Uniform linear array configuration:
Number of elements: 4
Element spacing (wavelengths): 0.75
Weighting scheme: binomial
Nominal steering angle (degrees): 60
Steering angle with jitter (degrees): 58.561
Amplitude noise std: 0.05
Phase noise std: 0.05

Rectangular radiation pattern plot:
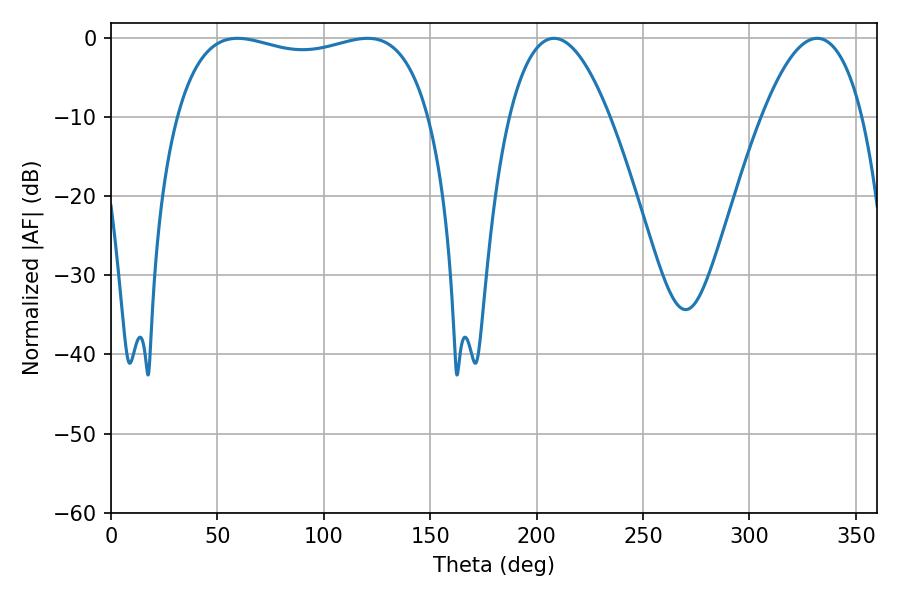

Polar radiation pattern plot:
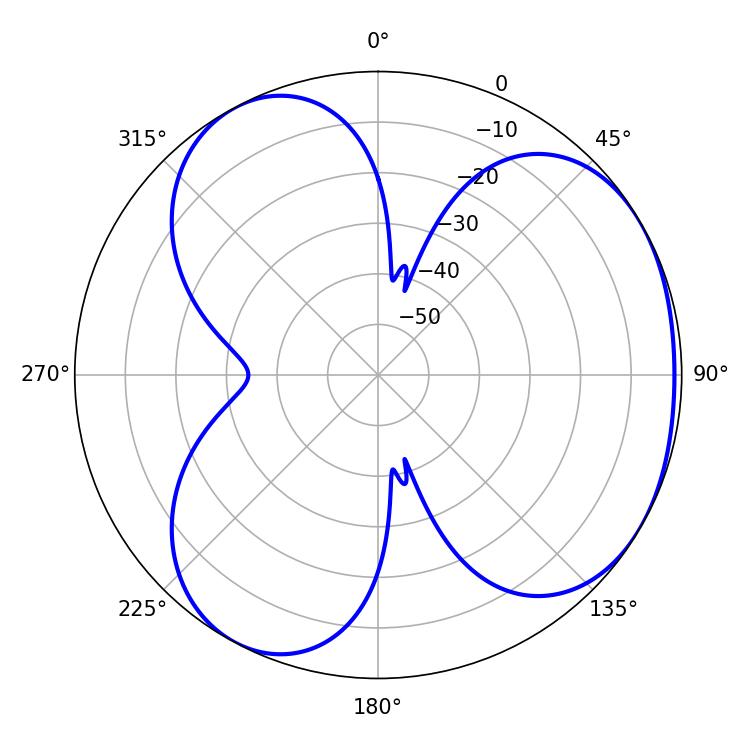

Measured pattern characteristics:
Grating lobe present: TRUE
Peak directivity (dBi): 3.718
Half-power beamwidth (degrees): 96.84
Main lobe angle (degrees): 59.4